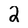
Character: 2